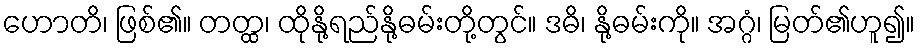
ဟောတိ၊ ဖြစ်၏။ တတ္ထ၊ ထိုနို့ရည်နို့ဓမ်းတို့တွင်။ ဒဓိ၊ နို့ဓမ်းကို။ အဂ္ဂံ၊ မြတ်၏ဟူ၍။